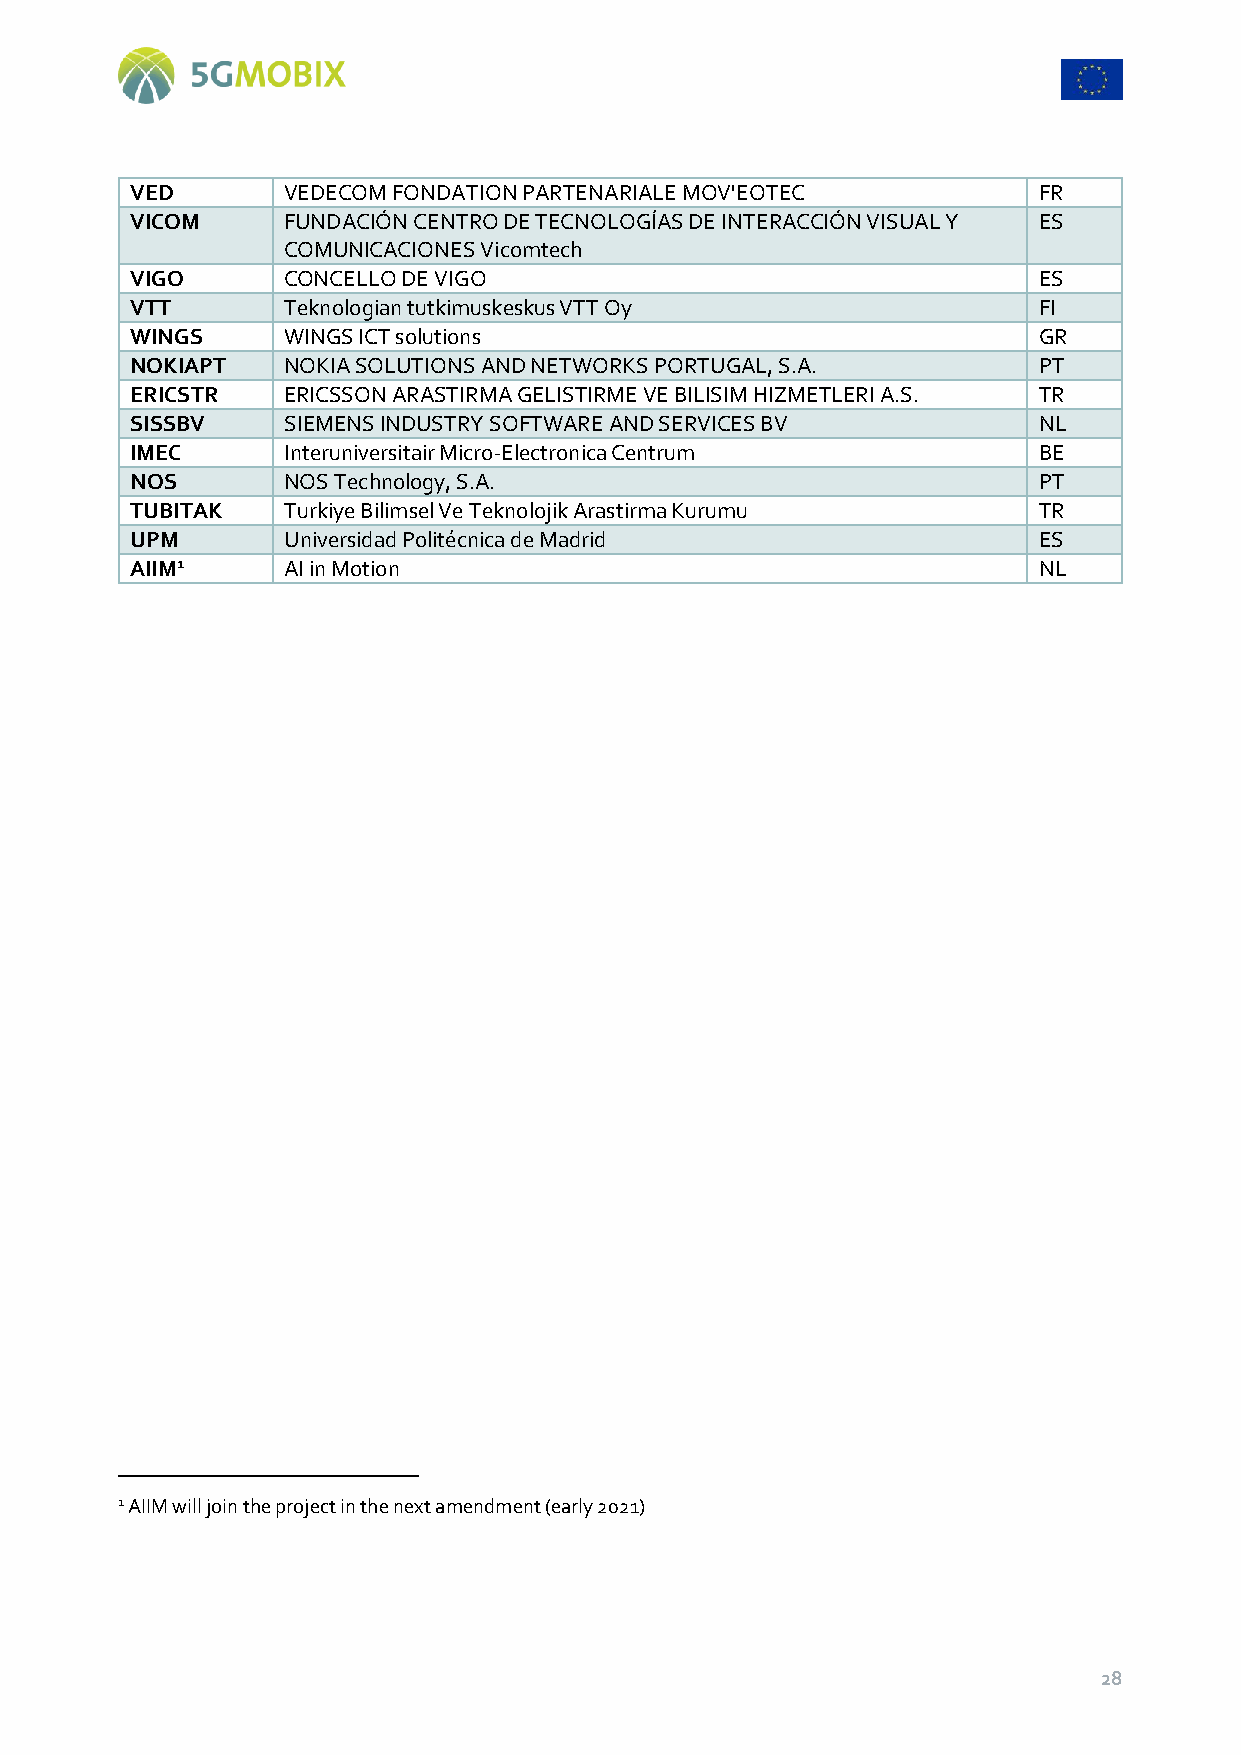
VED       VEDECOM FONDATION PARTENARIALE MOV'EOTEC          FR
 VICOM     FUNDACIÓN CENTRO DE TECNOLOGÍAS DE INTERACCIÓN VISUAL Y ES
 COMUNICACIONES Vicomtech
 VIGO      CONCELLO DE VIGO                                  ES
 VTT       Teknologian tutkimuskeskus VTT Oy                 FI
 WINGS     WINGS ICT solutions                               GR
 NOKIAPT   NOKIA SOLUTIONS AND NETWORKS PORTUGAL, S.A.       PT
 ERICSTR   ERICSSON ARASTIRMA GELISTIRME VE BILISIM HIZMETLERI A.S. TR
 SISSBV    SIEMENS INDUSTRY SOFTWARE AND SERVICES BV         NL
 IMEC      Interuniversitair Micro-Electronica Centrum       BE
 NOS       NOS Technology, S.A.                              PT
 TUBITAK   Turkiye Bilimsel Ve Teknolojik Arastirma Kurumu   TR
 UPM       Universidad Politécnica de Madrid                 ES
 AIIM1     AI in Motion                                      NL
 1 AIIM will join the project in the next amendment (early 2021)
 28